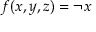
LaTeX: f ( x , y , z ) = \lnot x